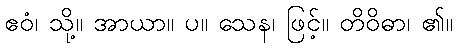
ဧဝံ၊ သို့။ အာယာ။ ပ။ သေန၊ ဖြင့်။ တိဝိဓာ၊ ၏။